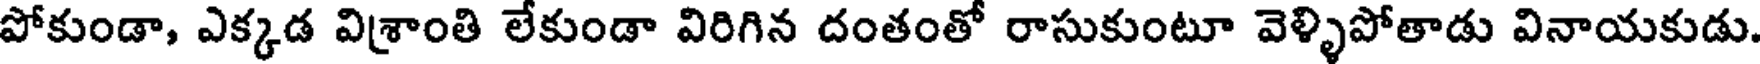
పోకుండా, ఎక్కడ విశ్రాంతి లేకుండా విరిగిన దంతంతో రాసుకుంటూ వెళ్ళిపోతాడు వినాయకుడు.